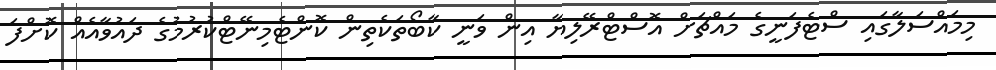
މިމައްސަލާގައި ސްޓެފަނީގެ މައްޗަށް އޮސްޓްރޭލިޔާ އިން ވަނީ ކާބޯތަކެތިން ކޮންޓެމިނޭޓްކުރުމުގެ ދައުވާއެއް ކޮށްފަ